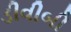
ડીવીબી